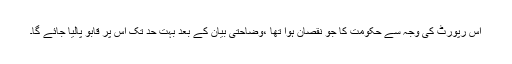
اس رپورٹ کی وجہ سے حکومت کا جو نقصان ہوا تھا ،وضاحتی بیان کے بعد بہت حد تک اس پر قابو پالیا جائے گا۔